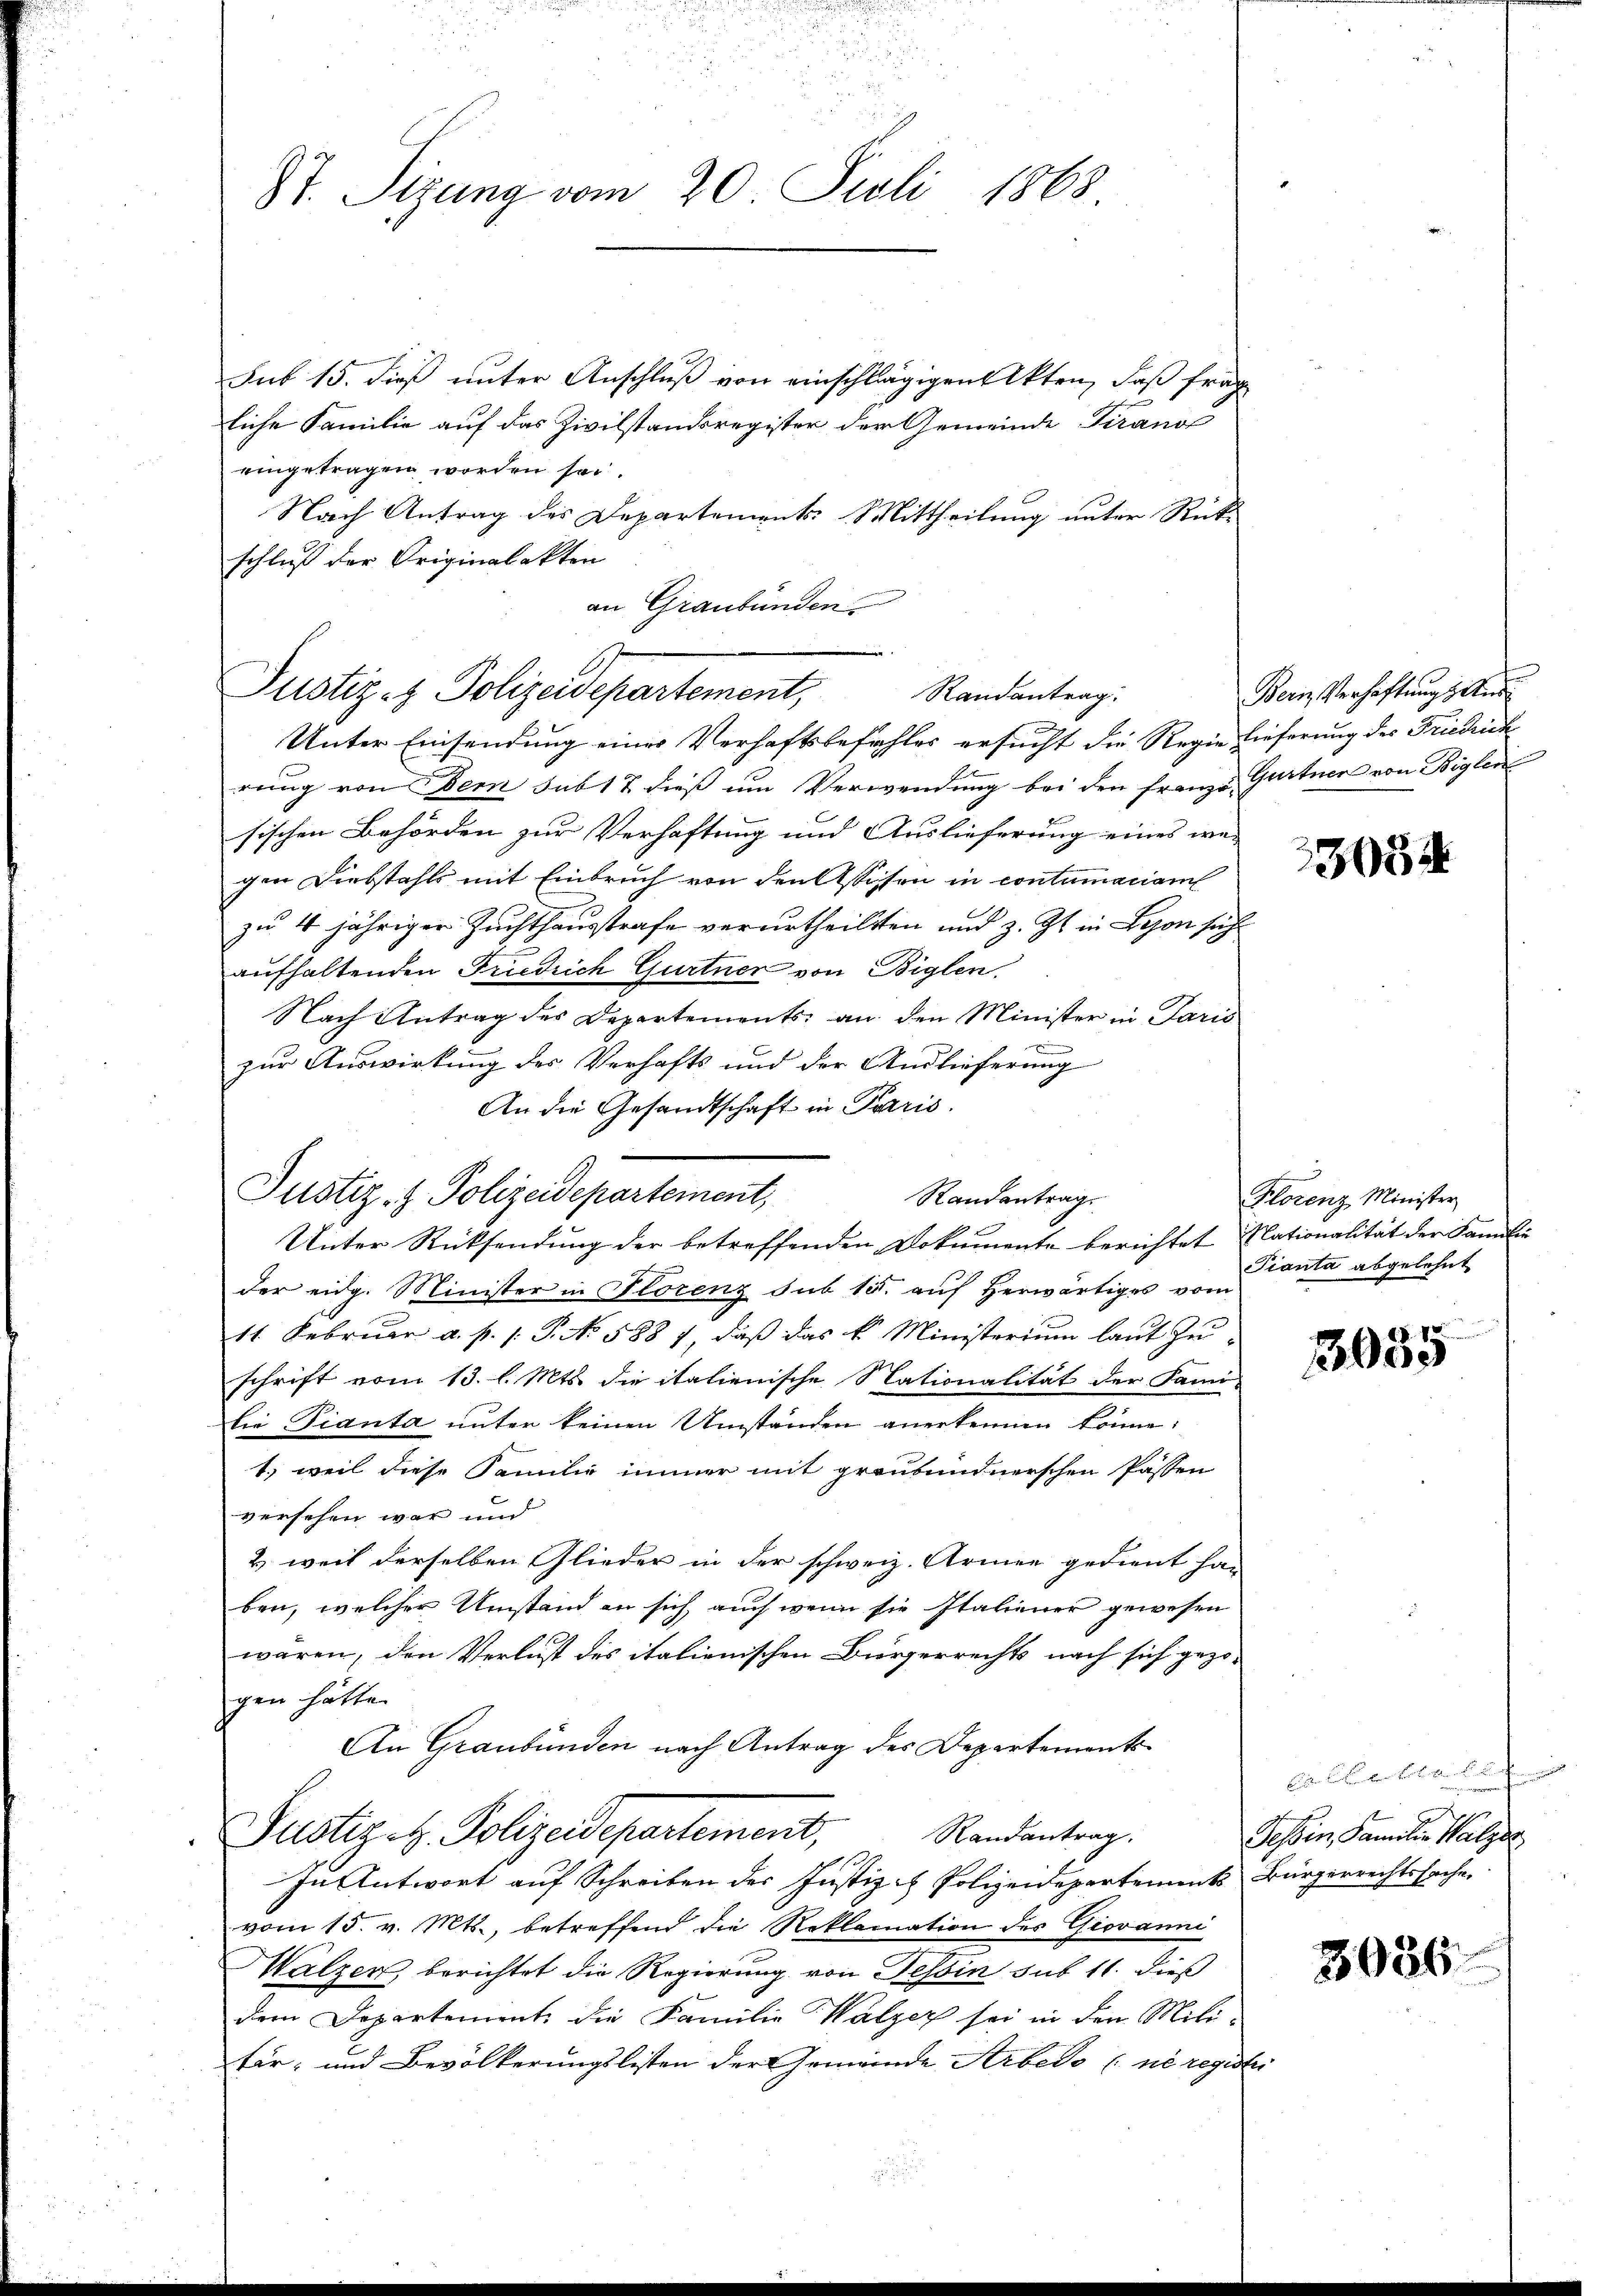
St. Sizung vom 20. Juli 1868.

sub 15. dieß unter Anschluß von einschlägigen Akten, daß fräg
liche Familie auf das Zivilstandsregister der Gemeinde Tirano
eingetragen worden sei.
Nach Antrag des Departements Mittheilung unter Rück-
schluß der Originalakten
Unter Einsendung eines Verhaftsbefehles ersucht die Regie lieferung des Friedrich
rung von dem sub 17 dieß um Verwendung bei den Franz Gurtner von Biglei
sischen Behörden zur Verhaftung und Auslieferung eines wei
gen Diebstahls mit Einbruch von den Assisen in contumaciam
zu 4 jähriger Zuchthausstrafe verurtheilten und z. Zt. in Bezon sich
aufhaltenden Friedrich Gurtner von Biglen
Nach Antrag des Departements an den Minister in Paris
zur Auswirkung des Verhafts und der Auslieferung
An die Gesandtschaft in Paris.
Justiz- & Polizeidepartement,
Unter Rücksendung der betreffenden Dokumente berichtet Nationalität der Familie
der eidg. Minister in Florenz sub 15. auf herwärtiges vom
11. Februar a. p. 1. P. No. 588 7, daß das k. Ministerium laut Zu-
schrift vom 13. l. Mts. die italienische Nationalität der Fami-
die Pianta unter keinen Umständen anerkennen könne;
1.) weil diese Familie immer mit graubündnerschen Passen
versehen war und
& weil derselben Glieder in der schweiz. Armen gedient han
ben, welcher Umstand an sich auch wenn sie Italiener gewesen
waren, den Verlust des italienischen Bürgerrechts nach sich gezo-
gen hätte.
An Graubünden nach Antrag des Departements¬
Justiz- H. Polizeidepartement,
Randantrag.
In Antwort auf Schreiben der Justiz - Polizeidepartements Bürgerrechtssache
vom 15. v. Mts., betreffend die Reklamation des Giovanni
Walzer, berichtet die Regierung von Tessin sub 11. dieß
dem Departement die Familie Walzer sei in den Mili-
tär- und Bevölkerungslisten der Gemeinde Arbedo ne register

an Graubünden
Justiz- & Polizeidepartement,
Randantrag

Randantrag

Bern, Verhaftung geti

3034

Klorenz Minister
Tianta abgelehnt

3035

Eisen Bergeben verleben bei den
Tessin, Familie Walzes

8086